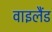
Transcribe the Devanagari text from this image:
वाइलैंड